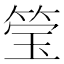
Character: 𮵳